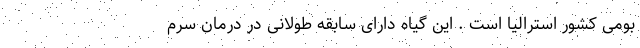
بومی کشور استرالیا است . این گیاه دارای سابقه طولانی در درمان سرم